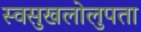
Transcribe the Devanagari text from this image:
स्वसुखलोलुपता